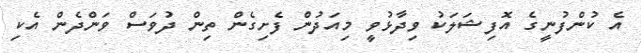
އެ ކުންފުނީގެ އޮފިޝަލަކު ވިދާޅުވީ މިއަދުން ފެށިގެން ތިން ދުވަސް ވަންދެން އެކި